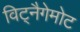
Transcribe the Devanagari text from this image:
विट्नैगेमोट